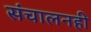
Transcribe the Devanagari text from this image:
संचालनही